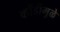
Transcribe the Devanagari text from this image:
कोंडीमुळे